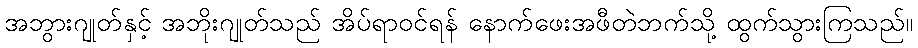
အဘွားဂျုတ်နှင့် အဘိုးဂျုတ်သည် အိပ်ရာဝင်ရန် နောက်ဖေးအဖီတဲဘက်သို့ ထွက်သွားကြသည်။